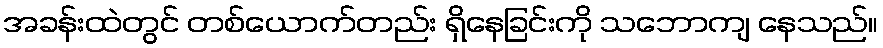
အခန်းထဲတွင် တစ်ယောက်တည်း ရှိနေခြင်းကို သဘောကျ နေသည်။